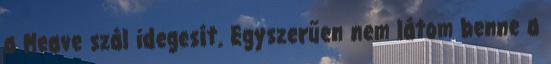
a Meave szál idegesít. Egyszerűen nem látom benne a